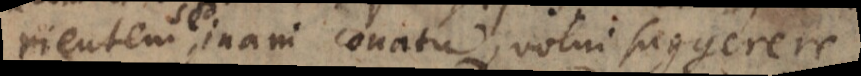
rientem, inani conatu, volui suggerere;